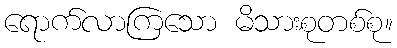
ရောက်လာကြသော မိသားစုတစ်စု။